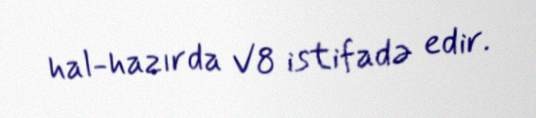
hal-hazırda V8 istifadə edir.